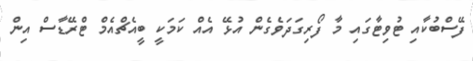
ފޭސްބުކާއި ޓުވިޓާގައި މާ ފޯރިގަދަވެގެން އުޅޭ އެއް ކަމަކީ ބީއެޗްއެމް ޓްރޭޑާސް އިން